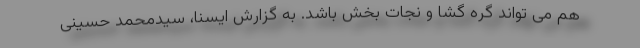
هم می تواند گره گشا و نجات بخش باشد. به گزارش ایسنا، سیدمحمد حسینی